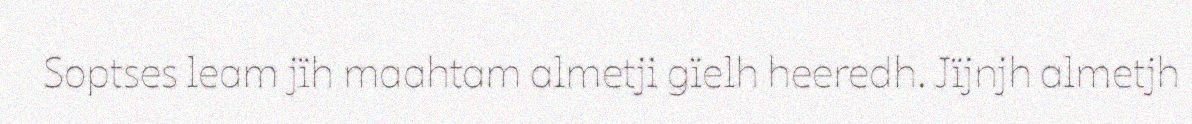
Soptses leam jïh maahtam almetji gïelh heeredh. Jïjnjh almetjh